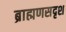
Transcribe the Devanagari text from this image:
ब्राह्मणसदृश